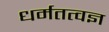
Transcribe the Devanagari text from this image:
धर्मतत्वज्ञ